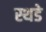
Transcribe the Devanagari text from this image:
स्थडे